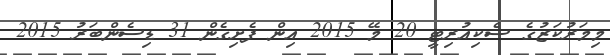
މިމަރުކަޒުގެ ސެކިއުރިޓީ 20 މޭ 2015 އިން ފެށިގެން 31 ޑިސެންބަރު 2015